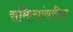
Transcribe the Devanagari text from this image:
समित्यांवरील